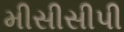
મીસીસીપી